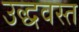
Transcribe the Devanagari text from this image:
उद्धवस्‍त